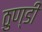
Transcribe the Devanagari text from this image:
ठुण्डी